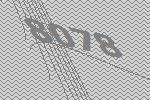
8078